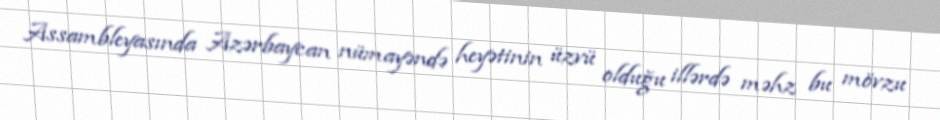
Assambleyasında Azərbaycan nümayəndə heyətinin üzvü olduğu illərdə məhz bu mövzu